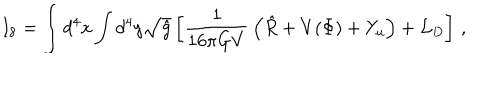
I _ { 8 } = \int d ^ { 4 } x \int d ^ { 4 } y \sqrt { \hat { g } } \left[ { \frac { 1 } { 1 6 \pi G V } } \left( \hat { R } + V ( \Phi ) + Y _ { u } \right) + { \cal L } _ { D } \right] \, ,